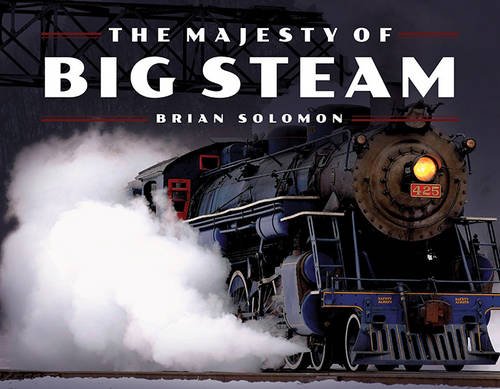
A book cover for The Majesty of Big Steam; Brian Solomon; Arts & Photography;